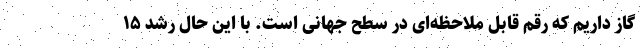
گاز داریم که رقم قابل ملاحظه‌ای در سطح جهانی است. با این حال رشد ۱۵